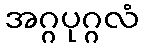
အဂ္ဂပုဂ္ဂလံ